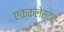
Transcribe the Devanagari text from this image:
एक्कलेस्टन